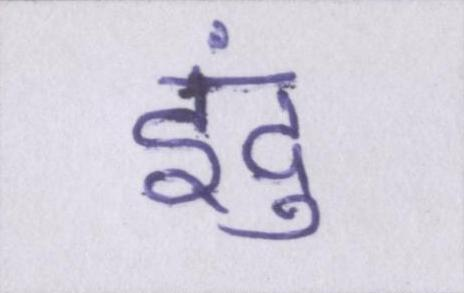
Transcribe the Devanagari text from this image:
इंदु